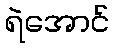
ရဲအောင်